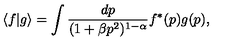
\langle f | g \rangle = \int \frac { d p } { ( 1 + \beta p ^ { 2 } ) ^ { 1 - \alpha } } f ^ { * } ( p ) g ( p ) ,